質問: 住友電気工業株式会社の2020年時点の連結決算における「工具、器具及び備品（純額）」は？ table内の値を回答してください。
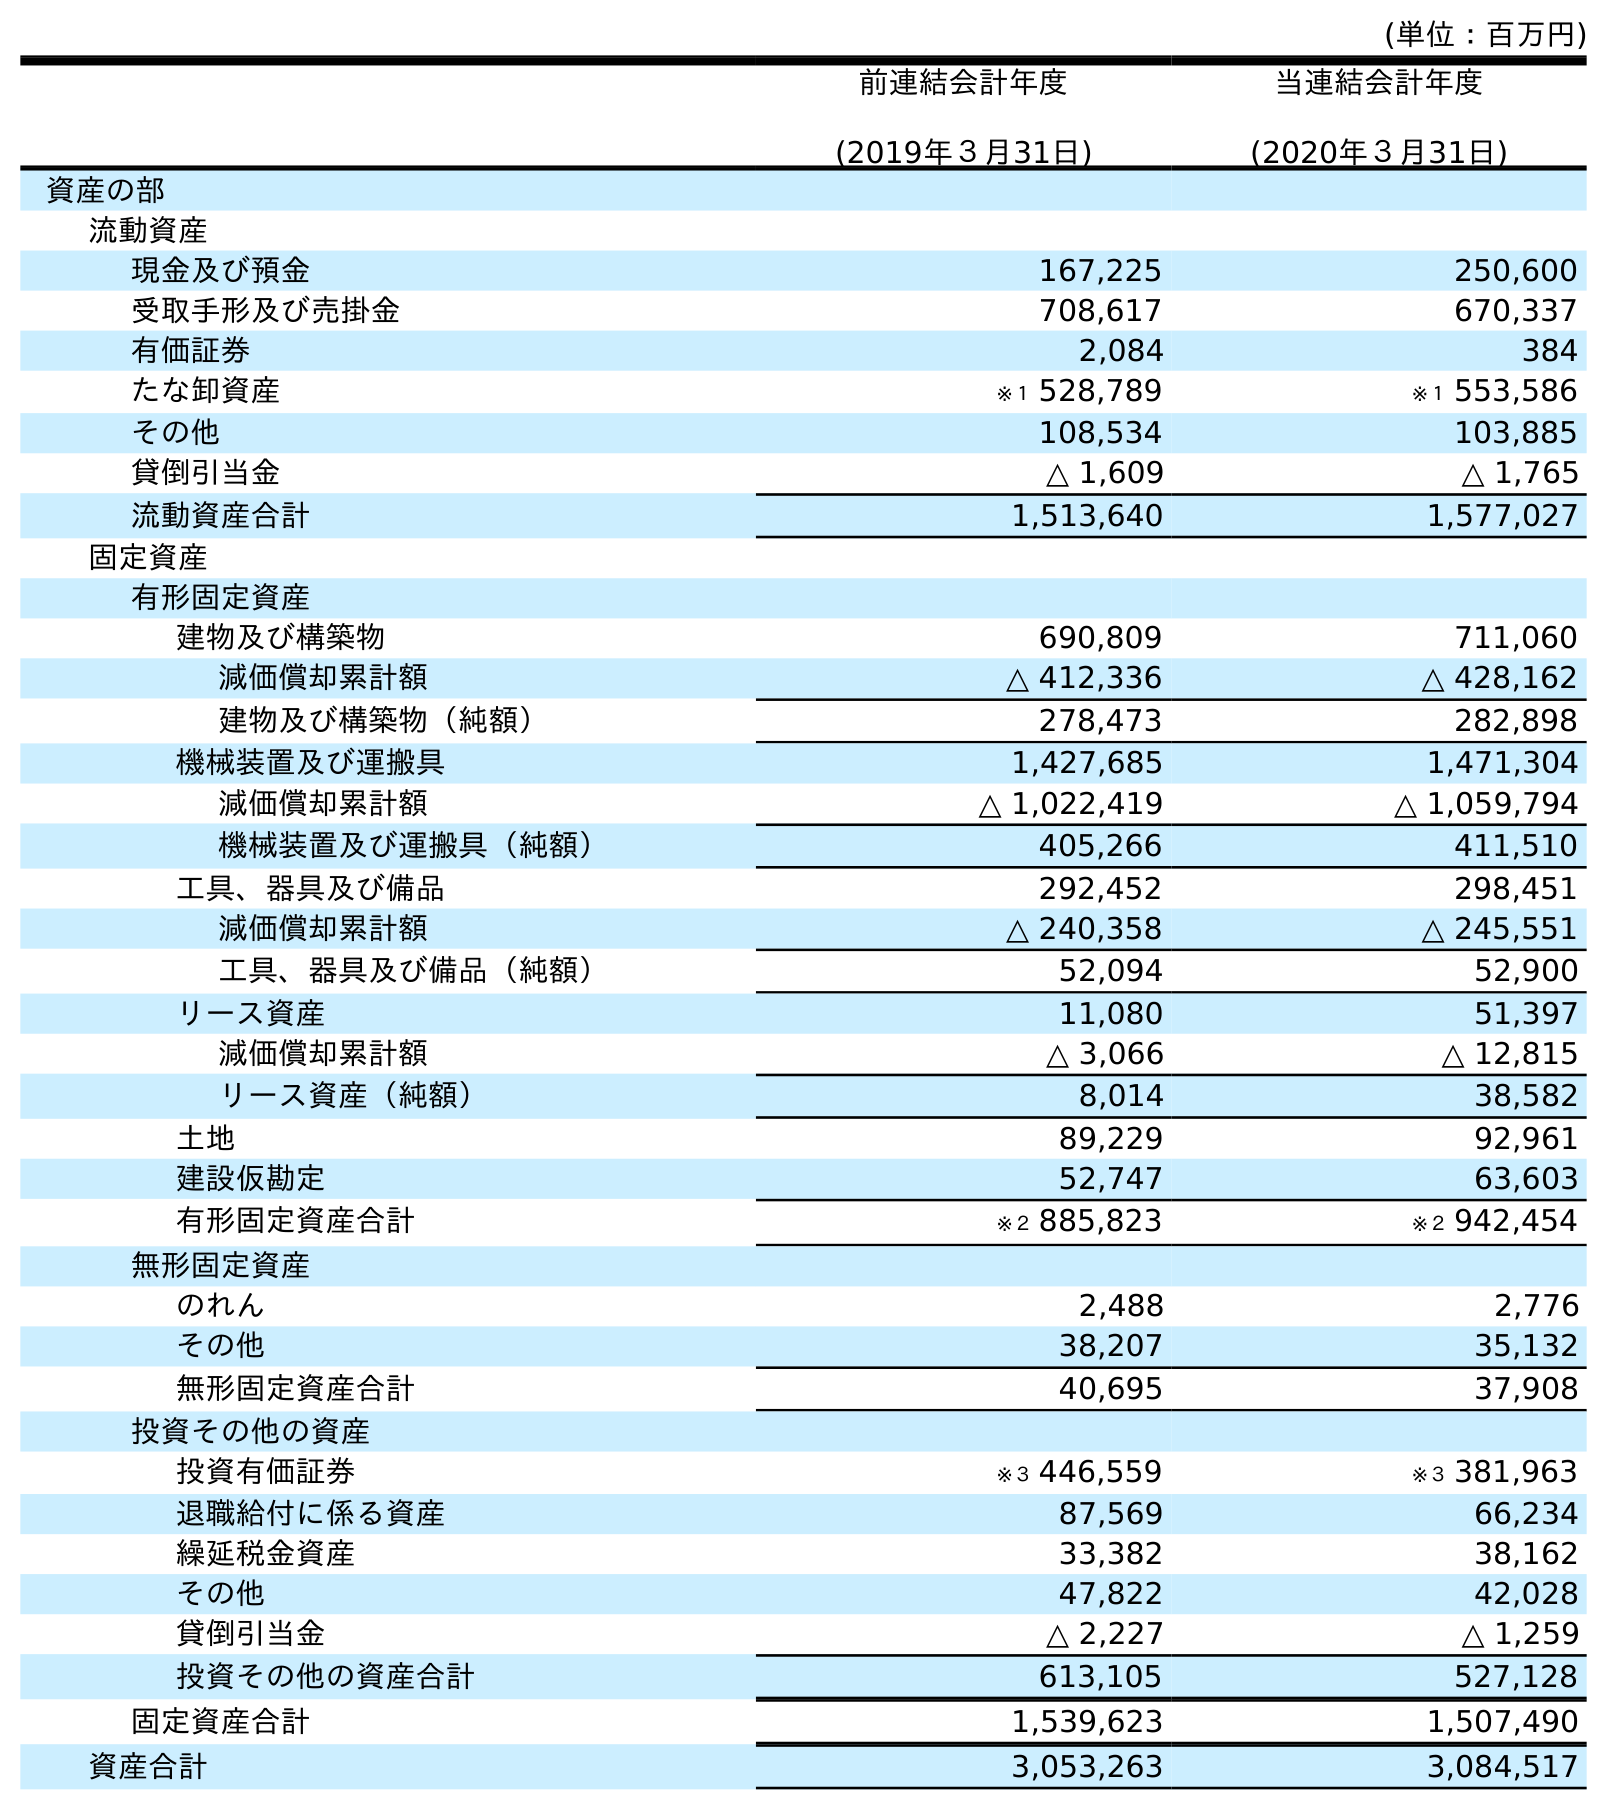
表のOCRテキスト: (単位：百万円) 前連結会計年度 (2019年３月31日) 当連結会計年度 (2020年３月31日) 資産の部 流動資産 現金及び預金 167,225 250,600 受取手形及び売掛金 708,617 670,337 有価証券 2,084 384 たな卸資産 ※１ 528,789 ※１ 553,586 その他 108,534 103,885 貸倒引当金 △ 1,609 △ 1,765 流動資産合計 1,513,640 1,577,027 固定資産 有形固定資産 建物及び構築物 690,809 711,060 減価償却累計額 △ 412,336 △ 428,162 建物及び構築物（純額） 278,473 282,898 機械装置及び運搬具 1,427,685 1,471,304 減価償却累計額 △ 1,022,419 △ 1,059,794 機械装置及び運搬具（純額） 405,266 411,510 工具、器具及び備品 292,452 298,451 減価償却累計額 △ 240,358 △ 245,551 工具、器具及び備品（純額） 52,094 52,900 リース資産 11,080 51,397 減価償却累計額 △ 3,066 △ 12,815 リース資産（純額） 8,014 38,582 土地 89,229 92,961 建設仮勘定 52,747 63,603 有形固定資産合計 ※２ 885,823 ※２ 942,454 無形固定資産 のれん 2,488 2,776 その他 38,207 35,132 無形固定資産合計 40,695 37,908 投資その他の資産 投資有価証券 ※３ 446,559 ※３ 381,963 退職給付に係る資産 87,569 66,234 繰延税金資産 33,382 38,162 その他 47,822 42,028 貸倒引当金 △ 2,227 △ 1,259 投資その他の資産合計 613,105 527,128 固定資産合計 1,539,623 1,507,490 資産合計 3,053,263 3,084,517
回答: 52,900